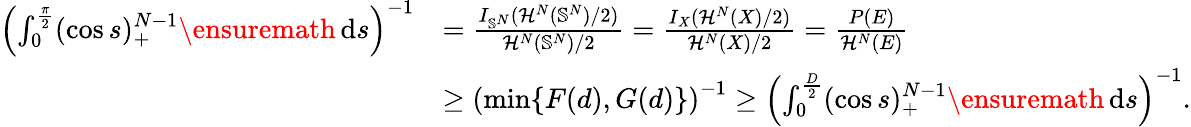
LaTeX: \begin{array}{rl}{\left(\int_{0}^{\frac\pi 2}(\cos s)_{+}^{N-1}\ensuremath{\, \mathrm d}s\right)^{-1}}&{=\frac{I_{\mathbb{S}^{N}}(\mathcal{H}^{N}(\mathbb{S}^{N})/2)}{\mathcal{H}^{N}(\mathbb{S}^{N})/2}=\frac{I_{X}(\mathcal{H}^{N}(X)/2)}{\mathcal{H}^{N}(X)/2}=\frac{P(E)}{\mathcal{H}^{N}(E)}}\\ &{\ge\left(\operatorname*{min}\{ F(d),G(d)\} \right)^{-1}\ge\left(\int_{0}^{\frac{D}{2}}(\cos s)_{+}^{N-1}\ensuremath{\, \mathrm d}s\right)^{-1}.}\end{array}